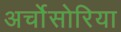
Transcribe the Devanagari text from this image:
अर्चोसोरिया